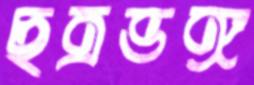
ছত্রভঙ্গ